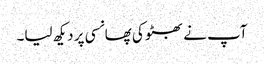
آپ نے بھٹو کی پھانسی پر دیکھ لیا۔